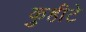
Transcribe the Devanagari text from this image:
कुहीटे